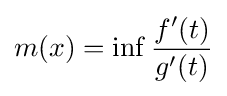
m(x)=\inf {\frac {f'(t)}{g'(t)}}